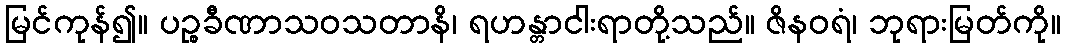
မြင်ကုန်၍။ ပဉ္စခီဏာသဝသတာနိ၊ ရဟန္တာငါးရာတို့သည်။ ဇိနဝရံ၊ ဘုရားမြတ်ကို။